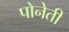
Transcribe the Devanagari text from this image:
पोनेती